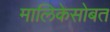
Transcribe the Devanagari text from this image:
मालिकेसोबत